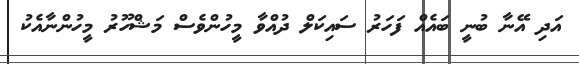
އަދި އޭނާ ބުނީ ބައެއް ފަހަރު ސައިކަލް ދުއްވާ މީހުންވެސް މަޝްހޫރު މީހުންނާއެކު